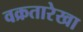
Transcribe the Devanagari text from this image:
वक्रतारेखा